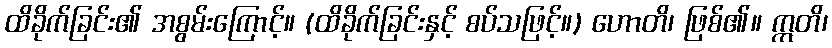
ထိခိုက်ခြင်း၏ အစွမ်းကြောင့်။ (ထိခိုက်ခြင်းနှင့် စပ်သဖြင့်။) ဟောတိ၊ ဖြစ်၏။ ဣတိ၊